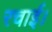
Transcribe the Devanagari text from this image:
रचाई।